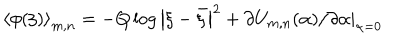
LaTeX: \left\langle \phi ( \xi ) \right\rangle _ { m , n } = - Q \log \left| \xi - \bar { \xi } \right| ^ { 2 } + \left. \partial U _ { m , n } ( \alpha ) / \partial \alpha \right| _ { \alpha = 0 }